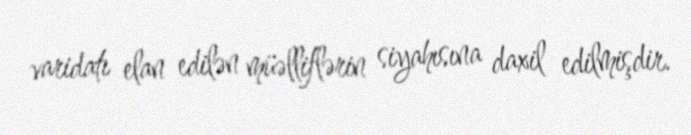
varidatı elan edilən müəlliflərin siyahısına daxil edilmişdir.